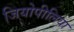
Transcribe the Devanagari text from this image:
जियोपीलिया